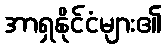
အာရှနိုင်ငံများ၏